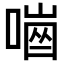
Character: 𠼜